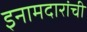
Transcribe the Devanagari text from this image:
इनामदारांची